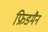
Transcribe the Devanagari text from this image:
फ्रिडमैन